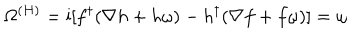
\Omega ^ { ( H ) } = \mathrm { i } [ f ^ { \dagger } ( \nabla h + h \omega ) - h ^ { \dagger } ( \nabla f + f \omega ) ] = \omega